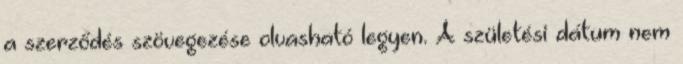
a szerződés szövegezése olvasható legyen. A születési dátum nem